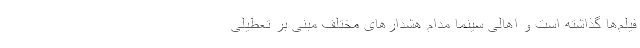
فیلم‌ها گذاشته است و اهالی سینما مدام هشدارهای مختلف مبنی بر تعطیلی